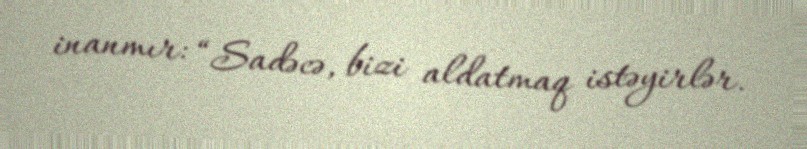
inanmır: “Sadəcə, bizi aldatmaq istəyirlər.